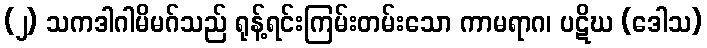
(၂) သကဒါဂါမိမဂ်သည် ရုန့်ရင်းကြမ်းတမ်းသော ကာမရာဂ၊ ပဋိဃ (ဒေါသ)